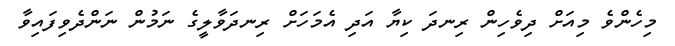
މިހެންވެ މިއަށް ދިވެހިން ރިނދަ ކިޔާ އަދި އެމަހަށް ރިނދަވާލީގެ ނަމުން ނަންދެވިފައިވާ